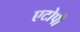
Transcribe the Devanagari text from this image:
एटोपी